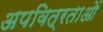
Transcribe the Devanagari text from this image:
अपवित्रताओं